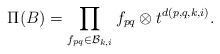
LaTeX: \begin{align*}\Pi(B)=\prod_{f_{pq}\in\mathcal{B}_{k,i}} f_{pq}\otimes t^{d(p,q,k,i)}.\end{align*}